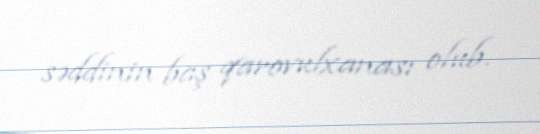
səddinin baş qarovulxanası olub.